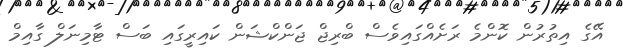
އޭގެ އިތުރުން ކޮންމެ ރަށެއްގައިވެސް ބްރިޖް ޖަންކްޝަން ކައިރީގައި ބަސް ޓާމިނަލް ގާއިމް